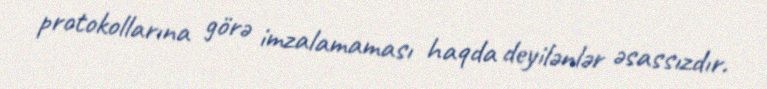
protokollarına görə imzalamaması haqda deyilənlər əsassızdır.